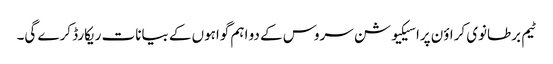
ٹیم برطانوی کراؤن پراسیکیوشن سروس کے دو اہم گواہوں کے بیانات ریکارڈ کرے گی۔